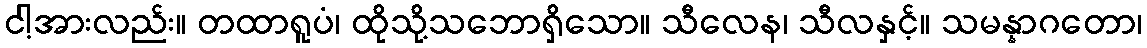
ငါ့အားလည်း။ တထာရူပံ၊ ထိုသို့သဘောရှိသော။ သီလေန၊ သီလနှင့်။ သမန္နာဂတော၊